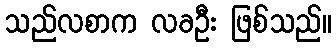
သည်လစာက လခဦး ဖြစ်သည်။